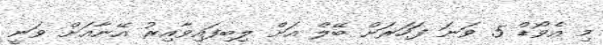
މި އެވޯޑް 5 ވަނަ ފަހަރަށް ބޭލް އަށް ލިބިފައިވާއިރު އޭނާއަށް ވަނީ